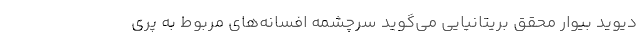
دیوید بیوار محقق بریتانیایی می‌گوید سرچشمه افسانه‌های مربوط به پری